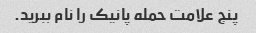
پنج علامت حمله پانیک را نام ببرید.